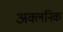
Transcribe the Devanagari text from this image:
अक्लनिक